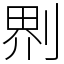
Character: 𠝹